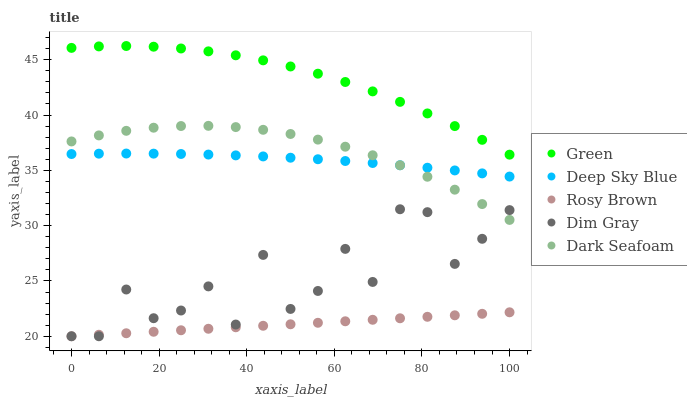
| xaxis_label | Green | Deep Sky Blue | Rosy Brown | Dim Gray | Dark Seafoam |
 | --- | --- | --- | --- | --- | --- |
 | 0 | 46.1 | 36.5 | 20 | 20 | 37.6 |
 | 6.25 | 46.2 | 36.5 | 20.1 | 20 | 38.2 |
 | 12.5 | 46.2 | 36.5 | 20.3 | 24.2 | 38.6 |
 | 18.8 | 46.2 | 36.5 | 20.4 | 21.6 | 38.9 |
 | 25 | 46 | 36.5 | 20.5 | 22.3 | 39 |
 | 31.2 | 45.8 | 36.4 | 20.7 | 24.5 | 39 |
 | 37.5 | 45.4 | 36.4 | 20.8 | 21.1 | 38.9 |
 | 43.8 | 44.9 | 36.3 | 20.9 | 27.4 | 38.7 |
 | 50 | 44.4 | 36.1 | 21.1 | 22.5 | 38.3 |
 | 56.2 | 43.7 | 36 | 21.2 | 24.1 | 37.8 |
 | 62.5 | 43 | 35.8 | 21.4 | 27.9 | 37.1 |
 | 68.8 | 42.1 | 35.7 | 21.5 | 24.9 | 36.4 |
 | 75 | 41.2 | 35.5 | 21.6 | 31.5 | 35.5 |
 | 81.2 | 40.1 | 35.2 | 21.8 | 31.2 | 34.4 |
 | 87.5 | 39 | 35 | 21.9 | 26.5 | 33.3 |
 | 93.8 | 37.8 | 34.7 | 22 | 28.8 | 32 |
 | 100 | 36.4 | 34.4 | 22.2 | 31.4 | 30.5 |